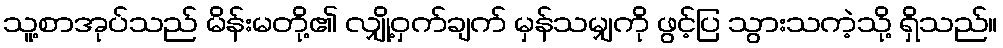
သူ့စာအုပ်သည် မိန်းမတို့၏ လျှို့ဝှက်ချက် မှန်သမျှကို ဖွင့်ပြ သွားသကဲ့သို့ ရှိသည်။